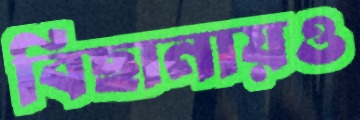
বিছানায়ও